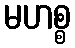
မဟစ္စ